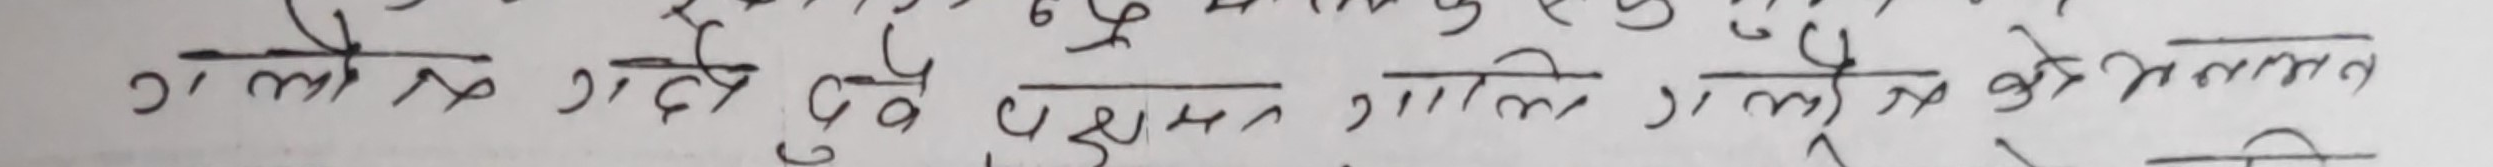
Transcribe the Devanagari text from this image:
गला के गडे दुध पुछन् गलिने गलिने के मलन